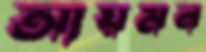
আয়মন